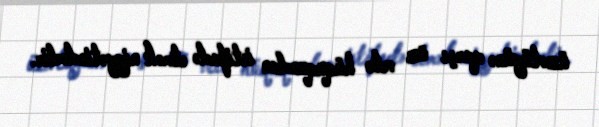
üzvlüyünə qarşı öz veto hüququndan istifadə etmək niyyətindədir.